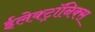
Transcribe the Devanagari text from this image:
ईलेक्ट्रॉनिक्स